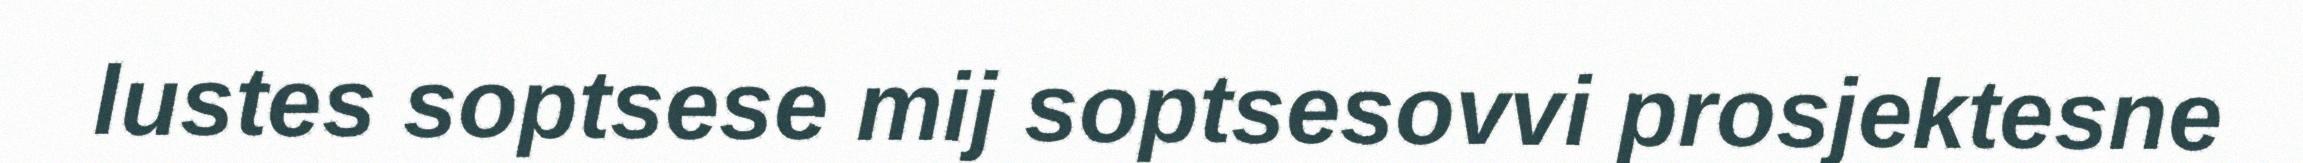
lustes soptsese mij soptsesovvi prosjektesne